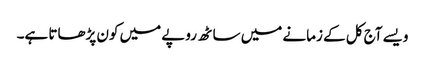
ویسے آج کل کے زمانے میں ساٹھ روپے میں کون پڑھاتا ہے۔